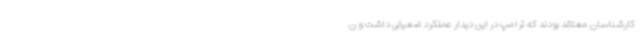
کارشناسان معتقد بودند که ترامپ در این دیدار عملکرد ضعیفی داشت و ن